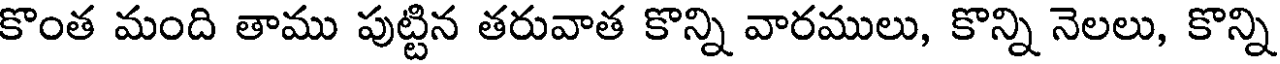
కొంత మంది తాము పుట్టిన తరువాత కొన్ని వారములు, కొన్ని నెలలు, కొన్ని